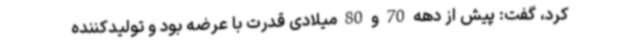
کرد، گفت: پیش از دهه 70 و 80 میلادی قدرت با عرضه بود و تولیدکننده